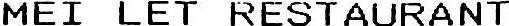
MEI LET RESTAURANT